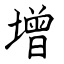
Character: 增